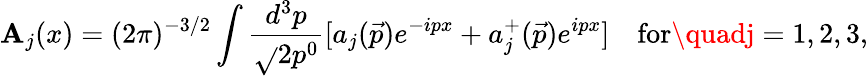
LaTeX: \mathbf{A}_{j}(x)=(2\pi)^{-3/2}\int\frac{{d^{3}p}}{{\sqrt{}{{2p^{0}}}}}[a_{j}(\vec{{p}})e^{-ipx}+a_{j}^{+}(\vec{{p}})e^{ipx}]\quad\mathrm{{for}}\quadj=1,2,3,